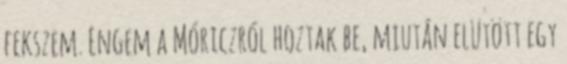
fekszem. Engem a Móriczról hoztak be, miután elütött egy